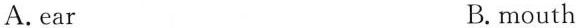
A.ear B.mouth